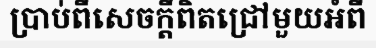
ប្រាប់ពីសេចក្តីពិតជ្រៅមួយអំពី